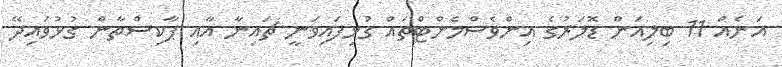
އަނެއް 11 ބިލިއަން ޑޮލަރުގެ އިންވެސްމެންޓްތައް ގުޅިފައިވަނީ ޗައިނާ އާއި ޕާކިސްތާން ގުޅުވައިދޭ